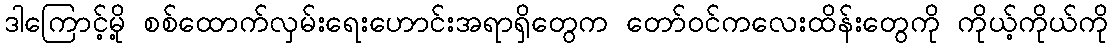
ဒါကြောင့်မို့ စစ်ထောက်လှမ်းရေးဟောင်းအရာရှိတွေက တော်ဝင်ကလေးထိန်းတွေကို ကိုယ့်ကိုယ်ကို